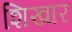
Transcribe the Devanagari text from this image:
शिखार